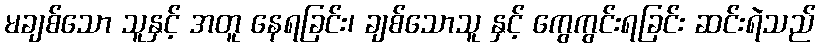
မချစ်သော သူနှင့် အတူ နေရခြင်း၊ ချစ်သောသူ နှင့် ကွေကွင်းရခြင်း ဆင်းရဲသည်